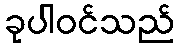
ခုပါဝင်သည်